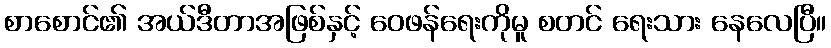
စာစောင်၏ အယ်ဒီတာအဖြစ်နှင့် ဝေဖန်ရေးကိုမူ စတင် ရေးသား နေလေပြီ။